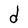
Character: d